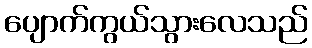
ပျောက်ကွယ်သွားလေသည်